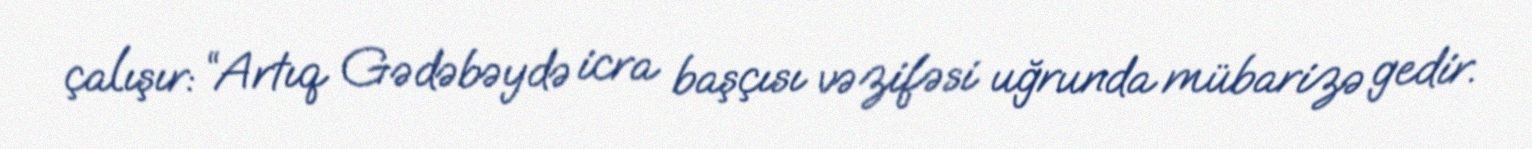
çalışır: “Artıq Gədəbəydə icra başçısı vəzifəsi uğrunda mübarizə gedir.